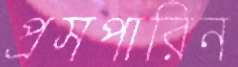
প্রসপারিন